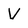
Character: V